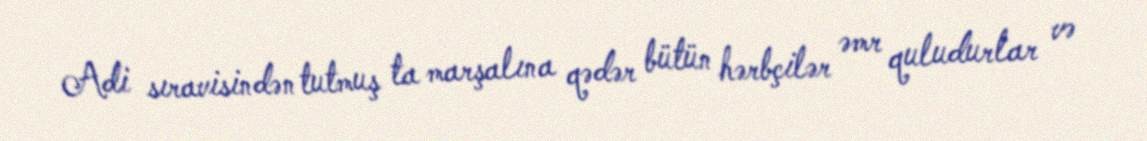
Adi sıravisindən tutmuş ta marşalına qədər bütün hərbçilər əmr quludurlar və